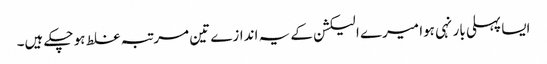
ایسا پہلی بار نہی ہوا میرے الیکشن کے یہ اندازے تین مرتبہ غلط ہو چکے ہیں۔